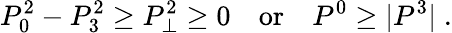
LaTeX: P_{0}^{2}-P_{3}^{2}\ge P_{\perp}^{2}\ge 0\quad\mathrm{or}\quad P^{0}\ge|P^{3}|\; .